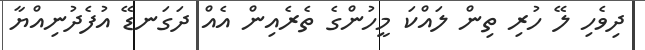
ދިވެހި ލޭ ހުރި ތިން ލައްކަ މީހުންގެ ތެރެއިން އެއް ދަގަނޑޭ އުފެދުނިއްޔާ